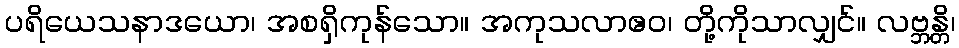
ပရိယေသနာဒယော၊ အစရှိကုန်သော။ အကုသလာဧဝ၊ တို့ကိုသာလျှင်။ လဗ္ဘန္တိ၊